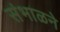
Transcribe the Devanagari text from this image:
संभाळने